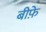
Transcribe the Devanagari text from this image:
बीफ़े